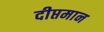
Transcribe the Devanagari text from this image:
दीप्तमान